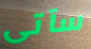
سآتى